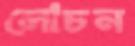
লোচন